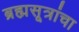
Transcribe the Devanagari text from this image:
ब्रह्मसूत्रांचा